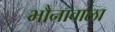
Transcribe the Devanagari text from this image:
भौनावाला